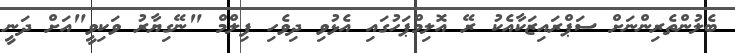
ބެލުންތެރިންނަށް ސަޕްރައިޒަކާއެކު ރޭ އޮލިމްޕަހުގައި އެޅުވި ދިވެހި ފިލްމް "ނޭގިޔާރު ވަކިވީ"އަށް ދަނީ